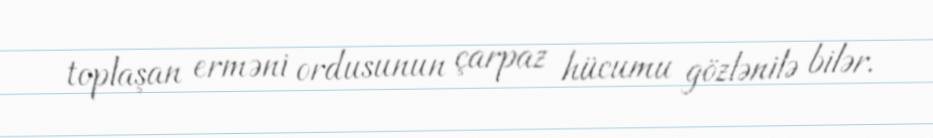
toplaşan erməni ordusunun çarpaz hücumu gözlənilə bilər.